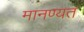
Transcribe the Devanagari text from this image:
मानण्यत